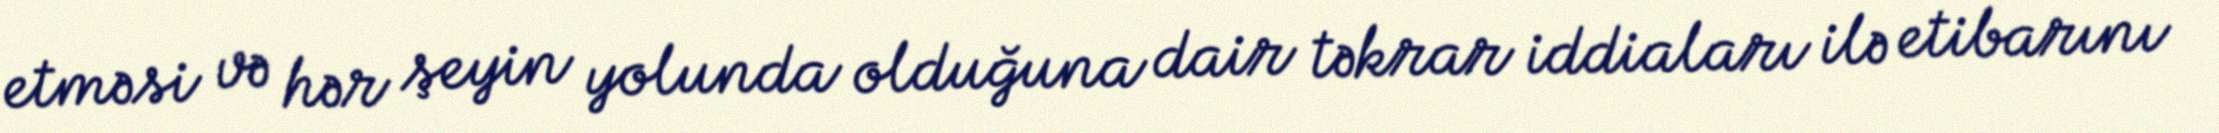
etməsi və hər şeyin yolunda olduğuna dair təkrar iddiaları ilə etibarını